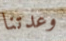
وعدتنا